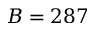
B = 2 8 7